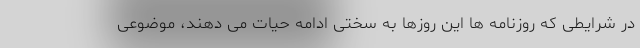
در شرایطی که روزنامه ها این روزها به سختی ادامه حیات می دهند، موضوعی